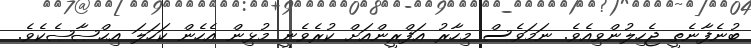
ބުނެފާނެތީ ޖެހިލުންވިއެވެ. ނަމަވެސް މިހާރު އަފްރީންއަށް ކުރެވެނީ މުޅިން އެހެން ކަހަލަ އިޙްޞާޞެކެވެ.